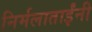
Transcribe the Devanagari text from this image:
निर्मलाताईंनी